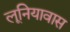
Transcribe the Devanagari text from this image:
लूनियावास